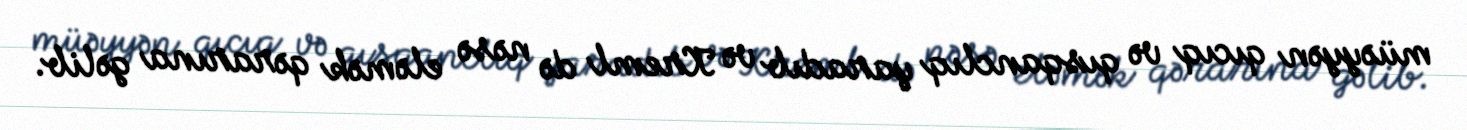
müəyyən qıcıq və qısqanclıq yaradıb və Kreml də nəsə eləmək qərarına gəlib.